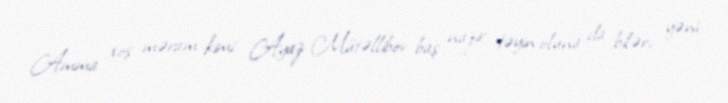
Amma xoş məram kimi Ayaz Mütəllibov baş nazir təyin oluna da bilər, yəni